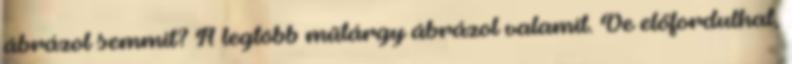
ábrázol semmit? A legtöbb műtárgy ábrázol valamit. De előfordulhat,